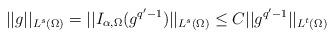
LaTeX: \begin{align*}||g||_{L^s(\Omega)}=||I_{\alpha, \Omega} (g^{q'-1})||_{L^s(\Omega)} \le C ||g^{q'-1}||_{L^t(\Omega)}\end{align*}